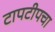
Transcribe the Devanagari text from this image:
टापटीपचा